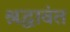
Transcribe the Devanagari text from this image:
श्रद्धावंत